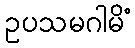
ဥပသမဂါမိံ